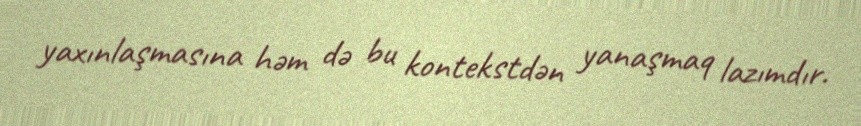
yaxınlaşmasına həm də bu kontekstdən yanaşmaq lazımdır.